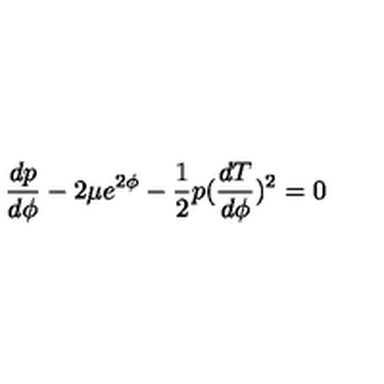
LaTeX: \frac { d p } { d \phi } - 2 \mu e ^ { 2 \phi } - \frac { 1 } { 2 } p ( \frac { d T } { d \phi } ) ^ { 2 } = 0